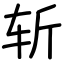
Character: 斩